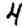
Digit: 4